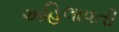
અહિલાવતી